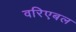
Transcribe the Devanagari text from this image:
वरिएबल